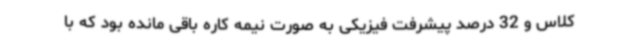
کلاس و 32 درصد پیشرفت فیزیکی به صورت نیمه کاره باقی مانده بود که با